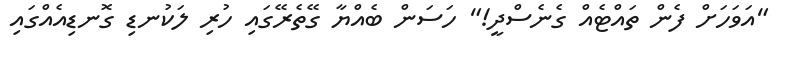
"އަވަހަށް ފެން ތައްޓެއް ގެނެސްދީ!" ހަސަން ބެއްޔާ ގޭތެރޭގައި ހުރި ލަކުނޑި ގޮނޑިއެއްގައި